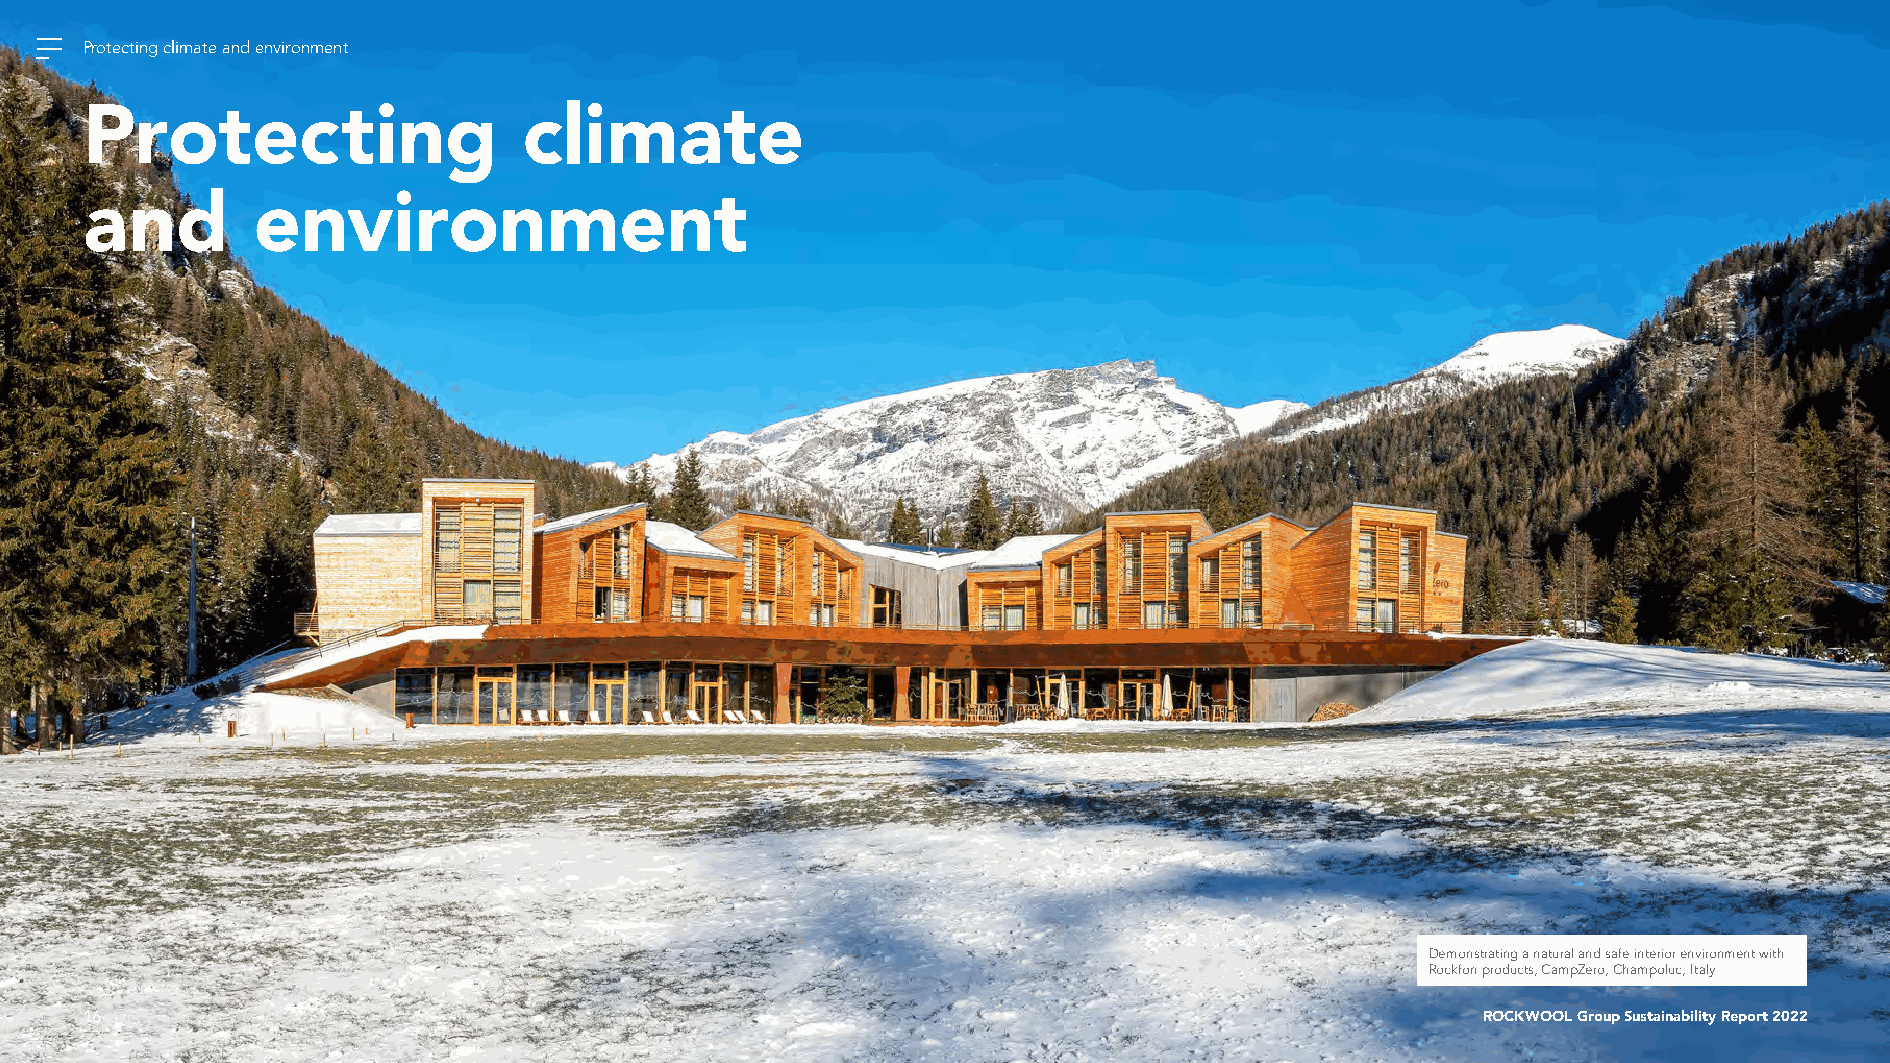
Protecting climate and environment
 Protecting                   climate
 and        environment
 Demonstrating a natural and safe interior environment with
 Rockfon products, CampZero, Champoluc, Italy
 16                                                                                           ROCKWOOL Group Sustainability Report 2022